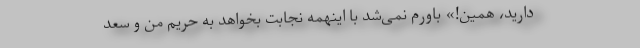
دارید، همین!» باورم نمی‌شد با اینهمه نجابت بخواهد به حریم من و سعد